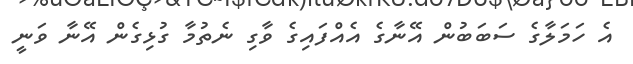
އެ ހަމަލާގެ ސަބަބުން އޭނާގެ އެއްފައިގެ ވާގި ނެތުމާ ގުޅިގެން އޭނާ ވަނީ